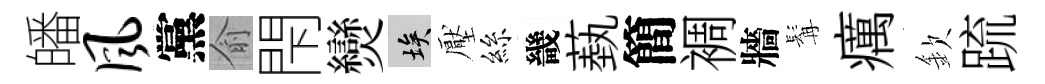
皤风黨俞閇𤓖埃壓絲畿蓺簡裯牆髯癘欽䟽